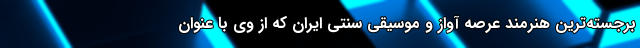
برجسته‌ترین هنرمند عرصه آواز و موسیقی سنتی ایران که از وی با عنوان